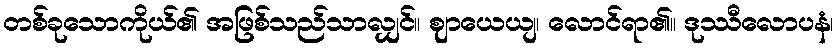
တစ်ခုသောကိုယ်၏ အဖြစ်သည်သာလျှင်။ ဈာယေယျ၊ လောင်ရာ၏။ ဒုဿီလောပနံ၊